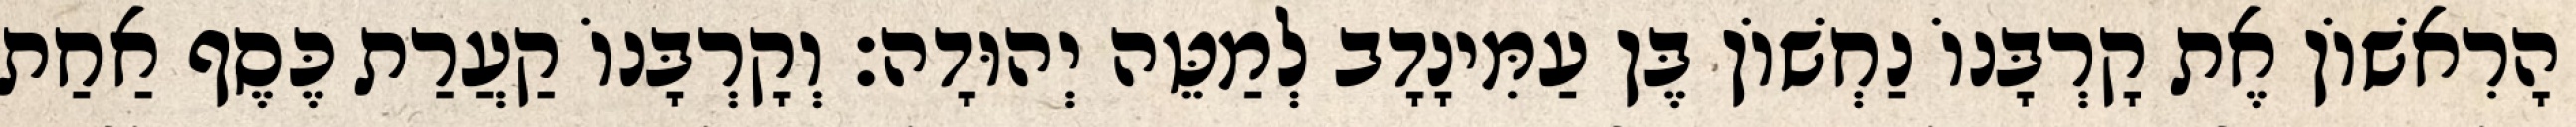
הָרִאשׁוֹן אֶת קָרְבָּנוֹ נַחְשׁוֹן בֶּן עַמִּינָדָב לְמַטֵּה יְהוּדָה׃ וְקָרְבָּנוֹ קַעֲרַת כֶּסֶף אַחַת